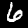
Label: 6